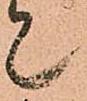
て